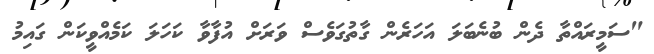
"ސަމީރައްތާ ދެން ބުނެބަލަ އަހަރެން ގާތުގަވެސް ވަރަށް އުފާވާ ކަހަލަ ކަމެއްވީކަން ގައިމު